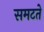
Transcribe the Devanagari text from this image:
समटते